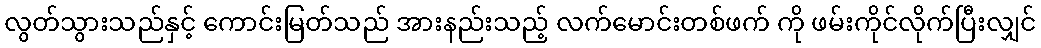
လွတ်သွားသည်နှင့် ကောင်းမြတ်သည် အားနည်းသည့် လက်မောင်းတစ်ဖက် ကို ဖမ်းကိုင်လိုက်ပြီးလျှင်